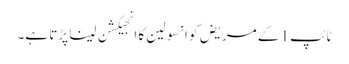
ٹائپ1 کے مریض کو انسولین کا انجیکشن لینا پڑتا ہے۔